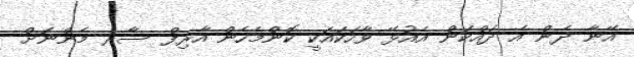
އޭނާ ދެން އެ ދައްކަން އެއުޅޭ ވާހަކައަކީ ކޮންމެހެން އާރިފް ސާރ މެންނަށް